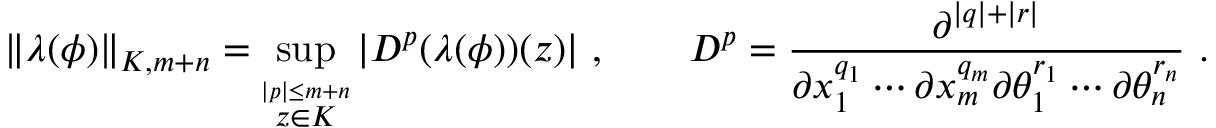
\| \lambda ( \phi ) \| _ { K , m + n } = \operatorname * { s u p } _ { \stackrel { | p | \leq m + n } { z \in K } } | D ^ { p } ( \lambda ( \phi ) ) ( z ) | \, \, , \qquad D ^ { p } = \frac { \partial ^ { | q | + | r | } } { \partial x _ { 1 } ^ { q _ { 1 } } \cdots \partial x _ { m } ^ { q _ { m } } \partial \theta _ { 1 } ^ { r _ { 1 } } \cdots \partial \theta _ { n } ^ { r _ { n } } } \, \, .